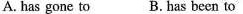
A. has gone to B. Has been to